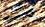
كوكب